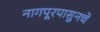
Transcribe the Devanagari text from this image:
नागपूरपासुनचे